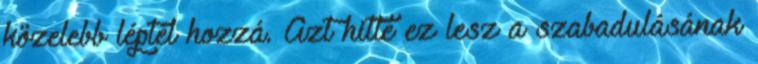
közelebb léptél hozzá. Azt hitte ez lesz a szabadulásának